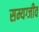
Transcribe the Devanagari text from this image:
सम्यग्जीव